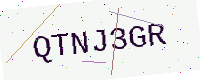
Text: QTNJ3GR